Vaccination in Bombay 1869-1873 - 1869-1873
Year: 1869
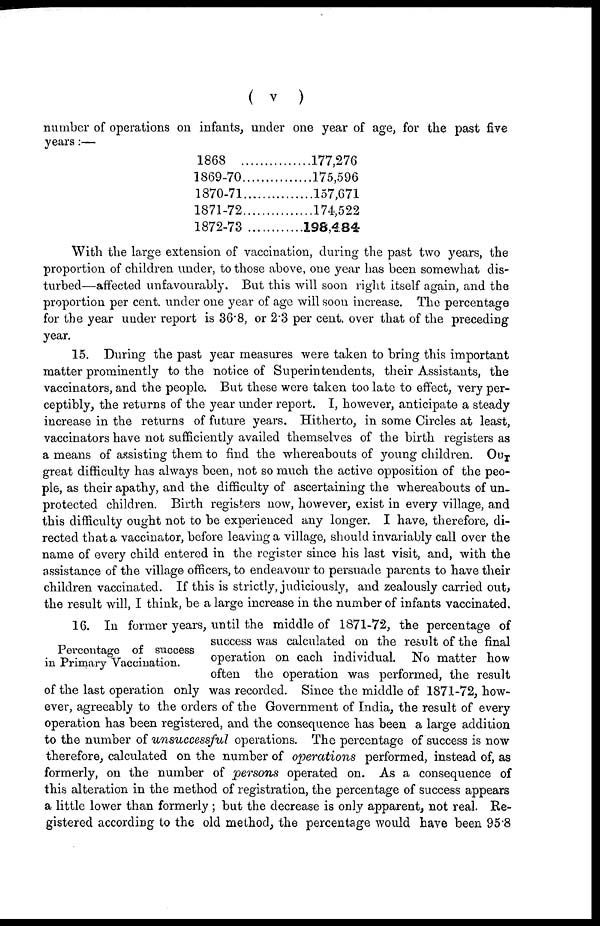
( v )
number of operations on infants, under one year of age, for the past five
years:—
1868
1869-70
1870-71
1871-72
1872-73
177,276
175,596
157,671
174,522
198,484
With the large extension of vaccination, during the past two years, the
proportion of children under, to those above, one year has been somewhat dis-
turbed—affected unfavourably. But this will soon right itself again, and the
proportion per cent. under one year of age will soon increase. The percentage
for the year under report is 36.8, or 2.3 per cent. over that of the preceding
year.
15. During the past year measures were taken to bring this important
matter prominently to the notice of Superintendents, their Assistants, the
vaccinators, and the people. But these were taken too late to effect, very per-
ceptibly, the returns of the year under report. I, however, anticipate a steady
increase in the returns of future years. Hitherto, in some Circles at least,
vaccinators have not sufficiently availed themselves of the birth registers as
a means of assisting them to find the whereabouts of young children. Our
great difficulty has always been, not so much the active opposition of the peo-
ple, as their apathy, and the difficulty of ascertaining the whereabouts of un-
protected children. Birth registers now, however, exist in every village, and
this difficulty ought not to be experienced any longer. I have, therefore, di-
rected that a vaccinator, before leaving a village, should invariably call over the
name of every child entered in the register since his last visit, and, with the
assistance of the village officers, to endeavour to persuade parents to have their
children vaccinated. If this is strictly, judiciously, and zealously carried out,
the result will, I think, be a large increase in the number of infants vaccinated.
Percentage of success
in Primary Vaccination.
16. In former years, until the middle of 1871-72, the percentage of
success was calculated on the result of the final
operation on each individual. No matter how
often the operation was performed, the result
of the last operation only was recorded. Since the middle of 1871-72, how-
ever, agreeably to the orders of the Government of India, the result of every
operation has been registered, and the consequence has been a large addition
to the number of unsuccessful operations. The percentage of success is now
therefore, calculated on the number of operations performed, instead of, as
formerly, on the number of persons operated on. As a consequence of
this alteration in the method of registration, the percentage of success appears
a little lower than formerly ; but the decrease is only apparent, not real. Re-
gistered according to the old method, the percentage would have been 95.8